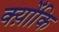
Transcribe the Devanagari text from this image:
क्य़ोंकि